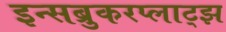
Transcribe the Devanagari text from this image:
इन्सब्रुकरप्लाट्झ